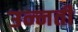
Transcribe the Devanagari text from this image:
उन्‍नती